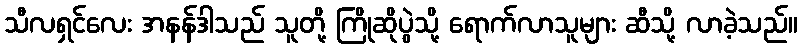
သီလရှင်လေး အနန်ဒါသည် သူတို့ ကြိုဆိုပွဲသို့ ရောက်လာသူများ ဆီသို့ လာခဲ့သည်။